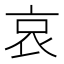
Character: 哀